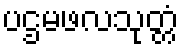
ပဌမဖလသုတ္တံ